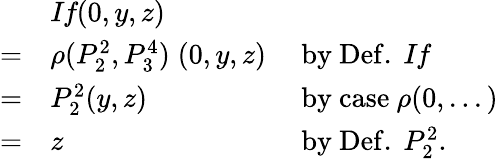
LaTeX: {\begin{array}{lll}&{{\textit{If}}(0,y,z)}\\ {=}&{\rho(P_{2}^{2},P_{3}^{4})\; (0,y,z)}&{{\mathrm{~by~Def.~}}{\textit{If}}}\\ {=}&{P_{2}^{2}(y,z)}&{{\mathrm{~by~case~}}\rho(0,...)}\\ {=}&{z}&{{\mathrm{~by~Def.~}}P_{2}^{2}.}\end{array}}